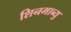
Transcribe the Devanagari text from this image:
शिनमाब्यु